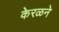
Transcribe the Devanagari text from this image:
केरळने